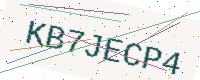
Text: KB7JECP4